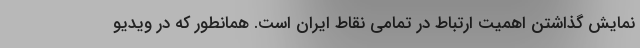
نمایش گذاشتن اهمیت ارتباط در تمامی نقاط ایران است. همانطور که در ویدیو